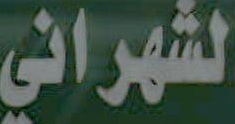
الشهراني